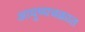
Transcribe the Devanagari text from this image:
आयुष्यचक्रात